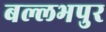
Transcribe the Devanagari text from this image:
बल्लभपुर